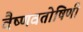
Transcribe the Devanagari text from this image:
वैष्णवतोषिणी